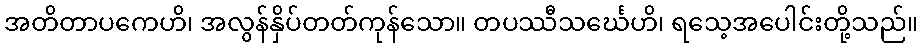
အတိတာပကေဟိ၊ အလွန်နှိပ်တတ်ကုန်သော။ တပဿီသင်္ဃေဟိ၊ ရသေ့အပေါင်းတို့သည်။